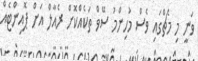
ވަނީ މި މެޗްގައި ވެސް މުހިންމު ސޭވް ތަކެއްކޮށް ރެއާލް އަށް ޕޮއިންޓެއް